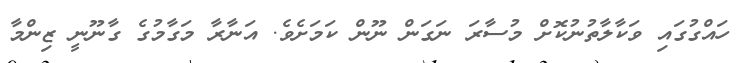
ހައްގުގައި ވަކާލާތުނުކޮށް މުސާރަ ނަގަން ނޫން ކަމަށެވެ. އަނާރާ މަގާމުގެ ގާނޫނީ ޒިންމާ